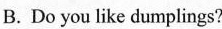
B.Do you like dumplings?